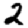
Digit: 2